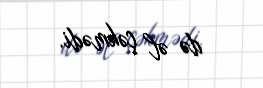
də əl çəkmədi.